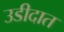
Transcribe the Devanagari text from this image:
उडीदात